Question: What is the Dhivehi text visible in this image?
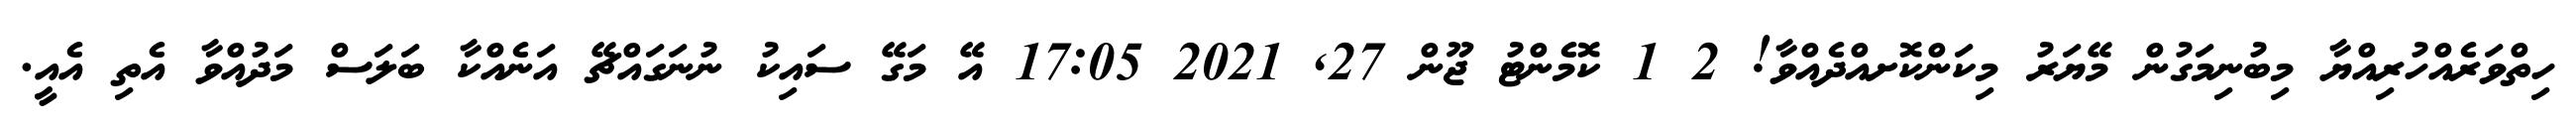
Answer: ހިތްވަރެއްހުރިއްޔާ މިބުނިމަގުން މޭޔަރު މިކަންކޮށއްދެއްވާ! 2 1 ކޮމެންޓު ޖޫން 27, 2021 17:05 އޭ މަގޭ ސައިކު ނުނަގައްޗޭ އަނެއްކާ ބަލަސް މަދުއްވާ އެތި އެއީ.